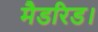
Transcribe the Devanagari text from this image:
मैडरिड।